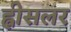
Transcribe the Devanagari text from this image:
ह्वीसलर